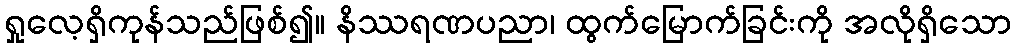
ရှုလေ့ရှိကုန်သည်ဖြစ်၍။ နိဿရဏပညာ၊ ထွက်မြောက်ခြင်းကို အလိုရှိသော